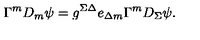
\Gamma ^ { m } D _ { m } \psi = g ^ { \Sigma \Delta } e _ { \Delta m } \Gamma ^ { m } D _ { \Sigma } \psi .